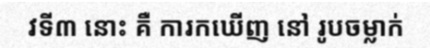
វទី៣ នោះ គឺ ការកឃើញ នៅ រូបចម្លាក់